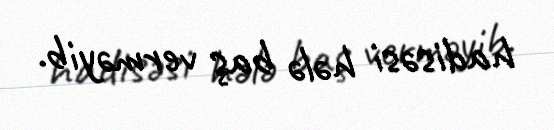
hadisəsi hələ baş verməyib.